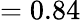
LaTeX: =0.84